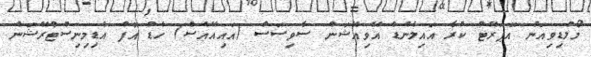
މޯލްޑިވިއަން އޮޕަރޭޓް ކުރާ އައިލެންޑް އޭވިއޭޝަން ސާވިސަސް (އައިއޭއެސް) ހެޑް އޮފް އެޑިމިނިސްޓްރޭޝަން